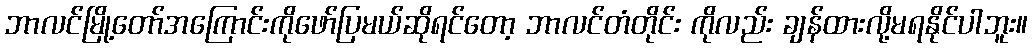
ဘာလင်မြို့တော်အကြောင်းကိုဖော်ပြမယ်ဆိုရင်တော့ ဘာလင်တံတိုင်း ကိုလည်း ချန်ထားလို့မရနိုင်ပါဘူး။